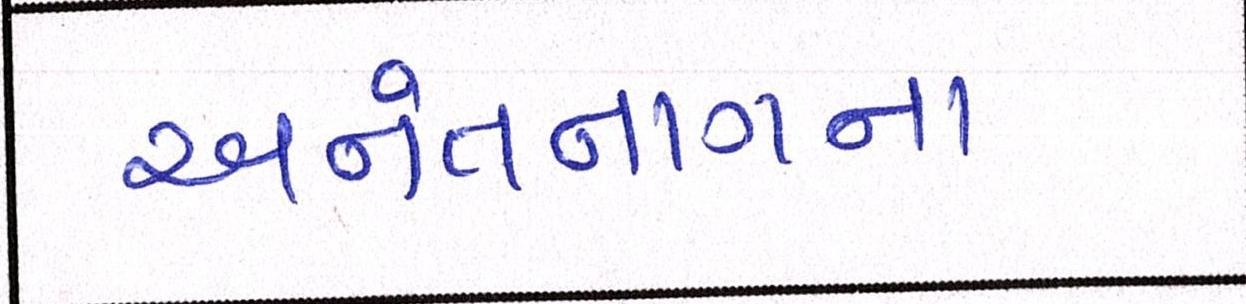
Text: અનંતનાગના